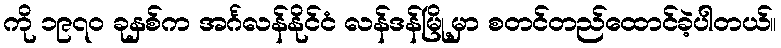
ကို ၁၉၇၀ ခုနှစ်က အင်္ဂလန်နိုင်ငံ လန်ဒန်မြို့မှာ စတင်တည်ထောင်ခဲ့ပါတယ်။